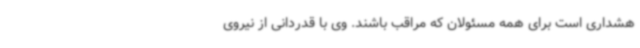
هشداری است برای همه مسئولان که مراقب باشند. وی با قدردانی از نیروی